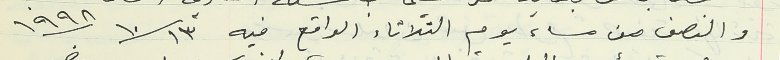
والنصف من مساء يوم الثلاثاء الواقع فيه ١٩٩٨/١٠/١٣